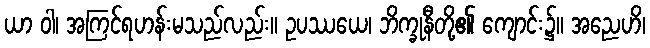
ယာ ဝါ၊ အကြင်ရဟန်းမသည်လည်း။ ဥပဿယေ၊ ဘိက္ခုနီတို့၏ ကျောင်း၌။ အညေဟိ၊